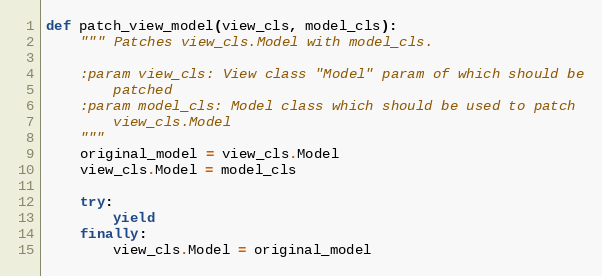
Language: Python
def patch_view_model(view_cls, model_cls):
    """ Patches view_cls.Model with model_cls.

    :param view_cls: View class "Model" param of which should be
        patched
    :param model_cls: Model class which should be used to patch
        view_cls.Model
    """
    original_model = view_cls.Model
    view_cls.Model = model_cls

    try:
        yield
    finally:
        view_cls.Model = original_model